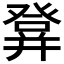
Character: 𤼷